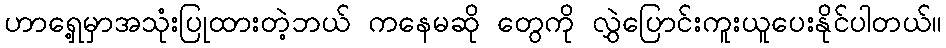
ဟာရှေ့မှာအသုံးပြုထားတဲ့ဘယ် ကနေမဆို တွေကို လွှဲပြောင်းကူးယူပေးနိုင်ပါတယ်။